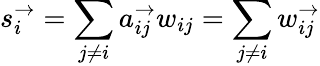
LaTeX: s_{i}^{\rightarrow}=\sum_{j\neq i}a_{ij}^{\rightarrow}w_{ij}=\sum_{j\neq i}w_{ij}^{\rightarrow}